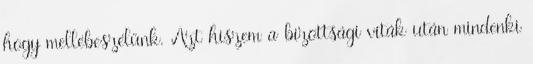
hogy mellébeszélünk. Azt hiszem a bizottsági viták után mindenki